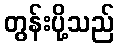
တွန်းပို့သည်